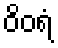
ဝိဝရံ